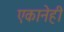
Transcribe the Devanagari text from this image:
एकानेही